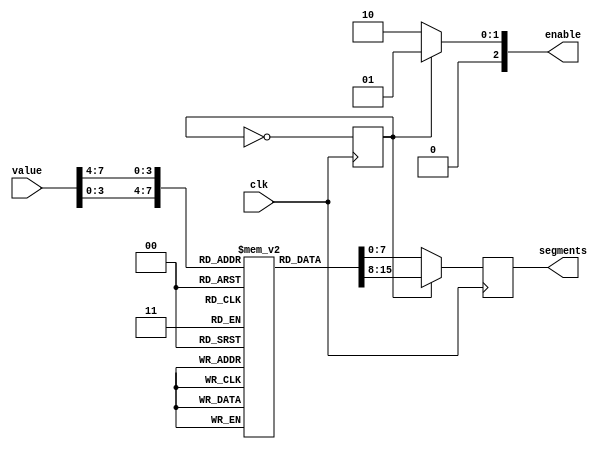
`timescale 1ns / 1ps
//////////////////////////////////////////////////////////////////////////////////
// Company: 
// Engineer: 
// 
// Design Name: 
// Module Name:    seven_seg 
// Project Name: 
// Target Devices: 
// Tool versions: 
// Description: 
//
// Dependencies: 
//
// Revision: 
// Revision 0.01 - File Created
// Additional Comments: 
//
//////////////////////////////////////////////////////////////////////////////////
module seven_seg(
	 input clk,
    input [7:0] value,
    output [7:0] segments,
	 output [2:0] enable
    );

	reg [7:0] rom [0:15];
	
	initial begin
		//rom[0] = ~8'b00011111;
		rom[0] = ~8'b11111100;
		rom[1] = ~8'b01100000;
		rom[2] = ~8'b11011010;
		rom[3] = ~8'b11110010;
		rom[4] = ~8'b01100110;
		rom[5] = ~8'b10110110;
		rom[6] = ~8'b10111110;
		rom[7] = ~8'b11100000;
		rom[8] = ~8'b11111110;
		rom[9] = ~8'b11100110;
		rom[10] = ~8'b11101110; // A
		rom[11] = ~8'b00111110; // b
		rom[12] = ~8'b00011010; // c
		rom[13] = ~8'b01111010; // d
		rom[14] = ~8'b10011110; // E
		rom[15] = ~8'b10001110; // F

	end
	reg digit = 0;
	reg [7:0] segreg = 0;
	assign segments = segreg;
	assign enable = digit?2'b01:2'b10;
	
	always @(posedge clk) begin
	    if (digit) begin
	        segreg = rom[value[3:0]];
		 end
		 else begin
		     segreg = rom[value[7:4]];
		 end
		 digit = ~digit;
   end

endmodule